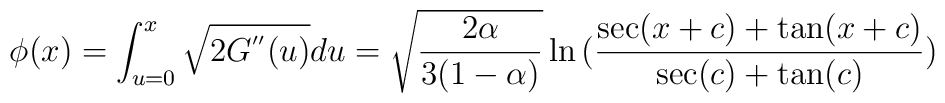
\phi(x) = \int_{u=0}^{x}\sqrt{2G^{''}(u)}du =    \sqrt{\frac{2\alpha}{3(1-\alpha)}}\ln{(\frac{\sec(x+c)+\tan(x+c)}{\sec(c)+ \tan(c)})}